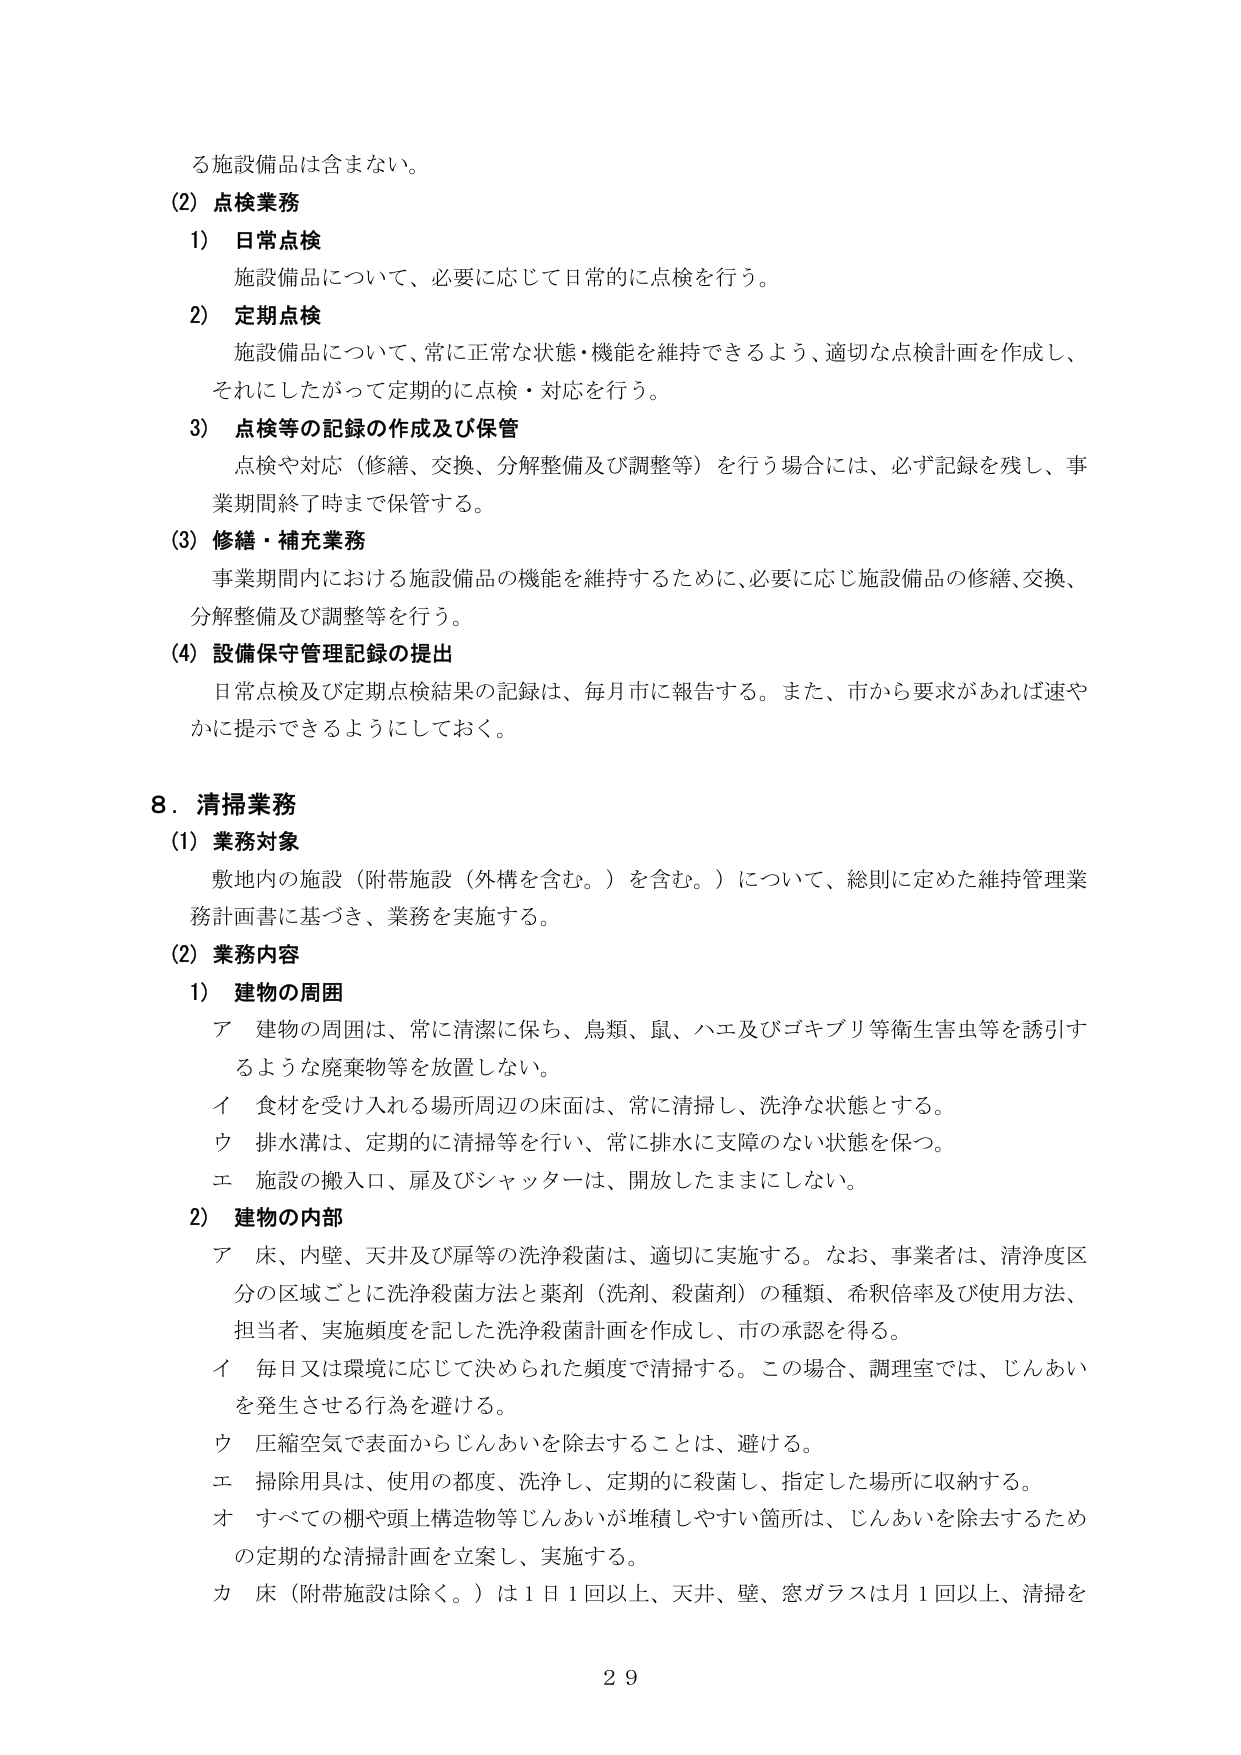
る施設備品は含まない。

(2) 点検業務
1) 日常点検
施設備品について、必要に応じて日常的に点検を行う。
2) 定期点検
施設備品について、常に正常な状態・機能を維持できるよう、適切な点検計画を作成し、
それにしたがって定期的に点検・対応を行う。
3) 点検等の記録の作成及び保管
点検や対応（修繕、交換、分解整備及び調整等）を行う場合には、必ず記録を残し、事
業期間終了時まで保管する。

(3) 修繕・補充業務
事業期間内における施設備品の機能を維持するために、必要に応じ施設備品の修繕、交換、
分解整備及び調整等を行う。

(4) 設備保守管理記録の提出
日常点検及び定期点検結果の記録は、毎月市に報告する。また、市から要求があれば速や
かに提示できるようにしておく。

8. 清掃業務
(1) 業務対象
敷地内の施設（附帯施設（外構を含む。）を含む。）について、総則に定めた維持管理業
務計画書に基づき、業務を実施する。

(2) 業務内容
1) 建物の周囲
ア 建物の周囲は、常に清潔に保ち、鳥類、鼠、ハエ及びゴキブリ等衛生害虫等を誘引す
るような廃棄物等を放置しない。
イ 食材を受け入れる場所周辺の床面は、常に清掃し、洗浄な状態とする。
ウ 排水溝は、定期的に清掃等を行い、常に排水に支障のない状態を保つ。
エ 施設の搬入口、扉及びシャッターは、開放したままにしない。

2) 建物の内部
ア 床、内壁、天井及び扉等の洗浄殺菌は、適切に実施する。なお、事業者は、清浄度区
分の区域ごとに洗浄殺菌方法と薬剤（洗剤、殺菌剤）の種類、希釈倍率及び使用方法、
担当者、実施頻度を記した洗浄殺菌計画を作成し、市の承認を得る。
イ 毎日又は環境に応じて決められた頻度で清掃する。この場合、調理室では、じんあい
を発生させる行為を避ける。
ウ 圧縮空気で表面からじんあいを除去することは、避ける。
エ 掃除用具は、使用の都度、洗浄し、定期的に殺菌し、指定した場所に収納する。
オ すべての棚や頭上構造物等じんあいが堆積しやすい箇所は、じんあいを除去するため
の定期的な清掃計画を立案し、実施する。
カ 床（附帯施設は除く。）は1日1回以上、天井、壁、窓ガラスは月1回以上、清掃を

29